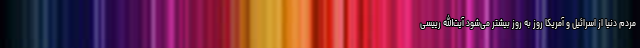
مردم دنیا از اسرائیل و آمریکا روز به روز بیشتر می‌شود آیت‌الله رییسی